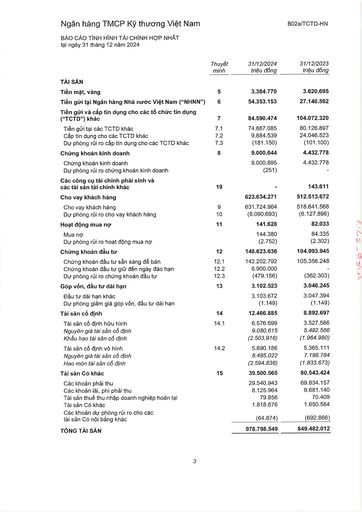
||Thuyết minh|31/12/2024 triệu đồng|31/12/2023 triệu đồng| |---|---|---|---| |TÀI SẢN|||| |Tiền mặt, vàng|5|3.384.770|3.620.695| |Tiền gửi tại Ngân hàng Nhà nước Việt Nam ("NHNN")|6|54.353.153|27.140.592| |Tiền gửi và cấp tín dụng cho các tổ chức tín dụng ("TCTD") khác|7|84.590.474|104.072.320| |Tiền gửi tại các TCTD khác|7.1|74.887.085|80.126.897| |Cấp tín dụng cho các TCTD khác|7.2|9.884.539|24.046.523| |Dự phòng rủi ro cấp tín dụng cho các TCTD khác|7.3|(181.150)|(101.100)| |Chứng khoán kinh doanh|8|9.000.644|4.432.778| |Chứng khoán kinh doanh||9.000.895|4.432.778| |Dự phòng rủi ro chứng khoán kinh doanh||(251)|| |Các công cụ tài chính phái sinh và các tài sản tài chính khác|19||143.611| |Cho vay khách hàng||623.634.271|512.513.672| |Cho vay khách hàng|9|631.724.964|518.641.568| |Dự phòng rủi ro cho vay khách hàng|10|(8.090.693)|(6.127.896)| |Hoạt động mua nợ|11|141.628|82.033| |Mua nợ||144.380|84.335| |Dự phòng rủi ro hoạt động mua nợ||(2.752)|(2.302)| |Chứng khoán đầu tư|12|148.623.636|104.993.945| |Chứng khoán đầu tư sẵn sàng để bán|12.1|142.202.792|105.356.248| |Chứng khoán đầu tư giữ đến ngày đáo hạn|12.2|6.900.000|| |Dự phòng rủi ro chứng khoán đầu tư|12.3|(479.156)|(362.303)| |Góp vốn, đầu tư dài hạn|13|3.102.523|3.046.245| |Đầu tư dài hạn khác||3.103.672|3.047.394| |Dự phòng giảm giá góp vốn, đầu tư dài hạn||(1.149)|(1.149)| |Tài sản cố định|14|12.466.885|8.892.697| |Tài sản cố định hữu hình|14.1|6.576.699|3.527.586| |Nguyên giá tài sản cố định||9.080.615|5.492.566| |Khấu hao tài sản cố định||(2.503.916)|(1.964.980)| |Tài sản cố định vô hình|14.2|5.890.186|5.365.111| |Nguyên giá tài sản cố định||8.485.022|7.198.784| |Hao mòn tài sản cố định||(2.594.836)|(1.833.673)| |Tài sản có khác|15|39.500.565|80.543.424| |Các khoản phải thu||29.540.943|69.834.157| |Các khoản lãi, phí phải thu||8.125.964|9.681.140| |Tài sản thuế thu nhập doanh nghiệp hoãn lại||79.856|70.409| |Tài sản có khác||1.818.676|1.650.584| |Các khoản dự phòng rủi ro cho các tài sản có nội bảng khác||(64.874)|(692.866)| |TỔNG TÀI SẢN||978.798.549|849.482.012|